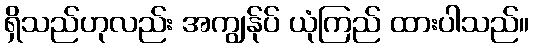
ရှိသည်ဟုလည်း အကျွန်ုပ် ယုံကြည် ထားပါသည်။